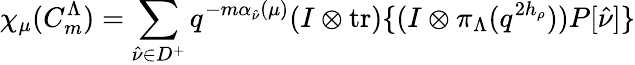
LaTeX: \chi_{\mu}(C_{m}^{\Lambda})=\sum_{\hat{\nu}\in D^{+}}q^{-m\alpha_{\hat{\nu}}(\mu)}(I\otimes\mathrm{tr})\{ (I\otimes\pi_{\Lambda}(q^{2h_{\rho}}))P[\hat{\nu}]\}